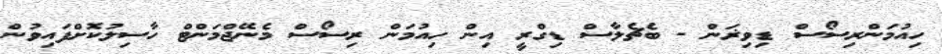
ހިއުމަންރިސޯސް ޑިވިޜަން - ބެޗެލާސް ޑިގްރީ އިން ހިއުމަން ރިސޯސް މެނޭޖްމަންޓް ހާސިލުކޮށްފައިވުން